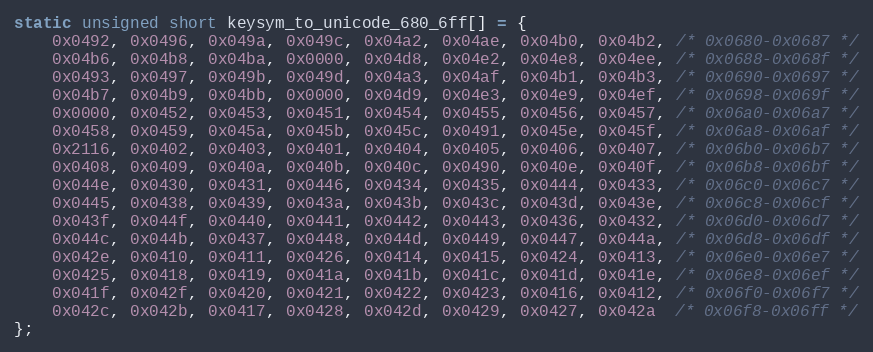
Language: C
static unsigned short keysym_to_unicode_680_6ff[] = {
    0x0492, 0x0496, 0x049a, 0x049c, 0x04a2, 0x04ae, 0x04b0, 0x04b2, /* 0x0680-0x0687 */
    0x04b6, 0x04b8, 0x04ba, 0x0000, 0x04d8, 0x04e2, 0x04e8, 0x04ee, /* 0x0688-0x068f */
    0x0493, 0x0497, 0x049b, 0x049d, 0x04a3, 0x04af, 0x04b1, 0x04b3, /* 0x0690-0x0697 */
    0x04b7, 0x04b9, 0x04bb, 0x0000, 0x04d9, 0x04e3, 0x04e9, 0x04ef, /* 0x0698-0x069f */
    0x0000, 0x0452, 0x0453, 0x0451, 0x0454, 0x0455, 0x0456, 0x0457, /* 0x06a0-0x06a7 */
    0x0458, 0x0459, 0x045a, 0x045b, 0x045c, 0x0491, 0x045e, 0x045f, /* 0x06a8-0x06af */
    0x2116, 0x0402, 0x0403, 0x0401, 0x0404, 0x0405, 0x0406, 0x0407, /* 0x06b0-0x06b7 */
    0x0408, 0x0409, 0x040a, 0x040b, 0x040c, 0x0490, 0x040e, 0x040f, /* 0x06b8-0x06bf */
    0x044e, 0x0430, 0x0431, 0x0446, 0x0434, 0x0435, 0x0444, 0x0433, /* 0x06c0-0x06c7 */
    0x0445, 0x0438, 0x0439, 0x043a, 0x043b, 0x043c, 0x043d, 0x043e, /* 0x06c8-0x06cf */
    0x043f, 0x044f, 0x0440, 0x0441, 0x0442, 0x0443, 0x0436, 0x0432, /* 0x06d0-0x06d7 */
    0x044c, 0x044b, 0x0437, 0x0448, 0x044d, 0x0449, 0x0447, 0x044a, /* 0x06d8-0x06df */
    0x042e, 0x0410, 0x0411, 0x0426, 0x0414, 0x0415, 0x0424, 0x0413, /* 0x06e0-0x06e7 */
    0x0425, 0x0418, 0x0419, 0x041a, 0x041b, 0x041c, 0x041d, 0x041e, /* 0x06e8-0x06ef */
    0x041f, 0x042f, 0x0420, 0x0421, 0x0422, 0x0423, 0x0416, 0x0412, /* 0x06f0-0x06f7 */
    0x042c, 0x042b, 0x0417, 0x0428, 0x042d, 0x0429, 0x0427, 0x042a  /* 0x06f8-0x06ff */
};